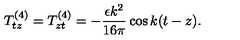
T _ { t z } ^ { ( 4 ) } = T _ { z t } ^ { ( 4 ) } = - \frac { \epsilon k ^ { 2 } } { 1 6 \pi } \cos k ( t - z ) .